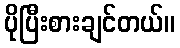
ပိုပြီးစားချင်တယ်။